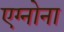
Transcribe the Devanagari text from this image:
एग्नोना